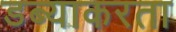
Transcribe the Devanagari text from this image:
डब्याकरता